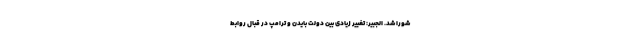
شورا شد. الجبیر: تغییر زیادی بین دولت بایدن و ترامپ در قبال روابط